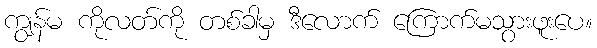
ကျွန်မ ကိုလတ်ကို တစ်ခါမှ ဒီလောက် ကြောက်မသွားဖူးပေ။